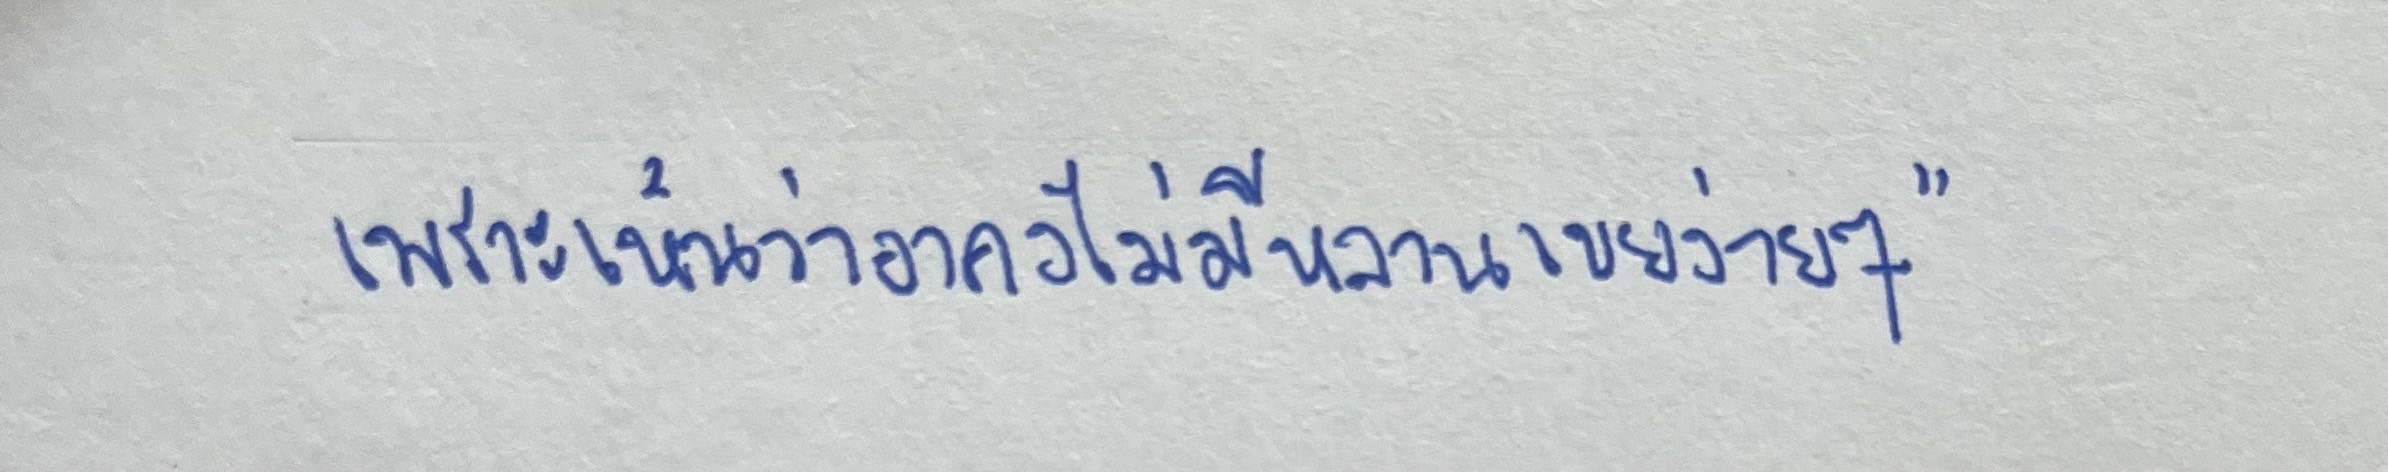
เพราะเห็นทีว่าอาคงจะไม่มีหลานเขยง่ายๆ"